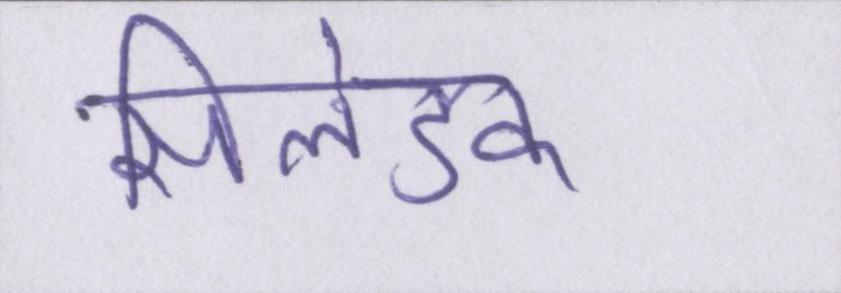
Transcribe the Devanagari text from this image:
सिलेंडर